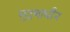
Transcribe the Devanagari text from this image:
मुद्रणाधीन